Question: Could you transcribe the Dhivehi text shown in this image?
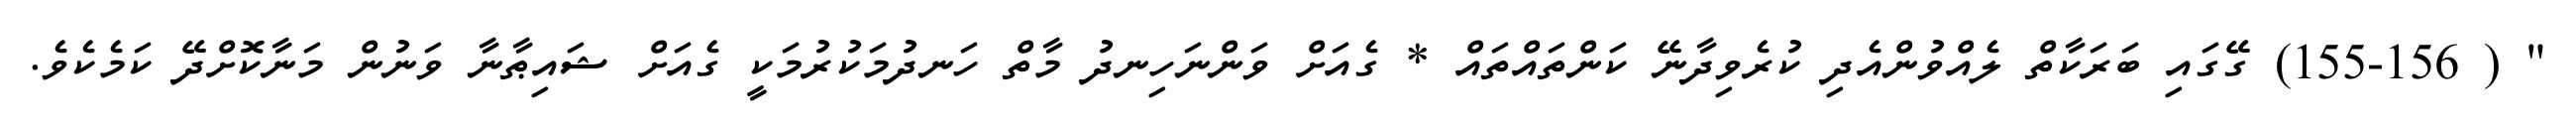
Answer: " ( 155-156) ގޭގައި ބަރަކާތް ލެއްވުންއެދި ކުރެވިދާނޭ ކަންތައްތައް * ގެއަށް ވަންނަހިނދު މާތް ހަނދުމަކުރުމަކީ ގެއަށް ޝައިޠާނާ ވަނުން މަނާކޮށްދޭ ކަމެކެވެ.